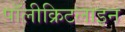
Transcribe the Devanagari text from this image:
पॉलीक्रिटलाइन